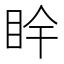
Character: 𥄺